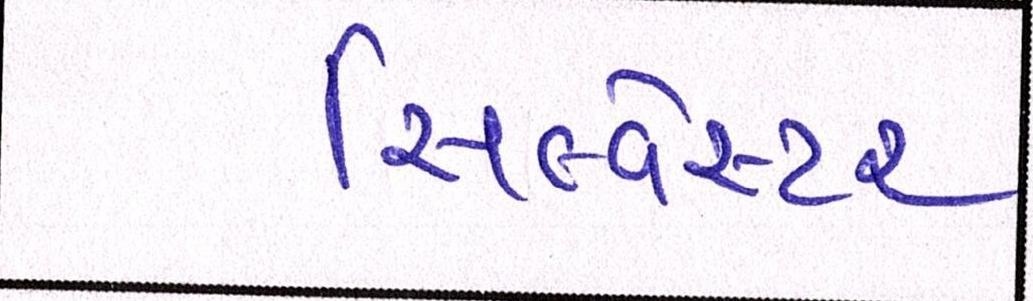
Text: સિલ્વેસ્ટર